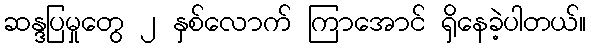
ဆန္ဒပြမှုတွေ ၂ နှစ်လောက် ကြာအောင် ရှိနေခဲ့ပါတယ်။